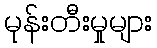
မုန်းတီးမှုများ